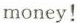
money!